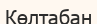
Көлтабан